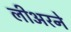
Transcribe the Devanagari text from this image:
लीअरने